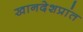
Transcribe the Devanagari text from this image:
खानदेशप्रांत